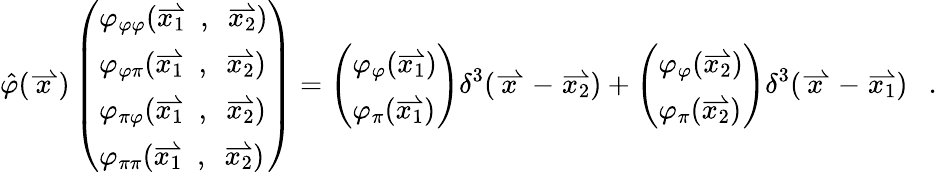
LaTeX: \hat{\varphi}(\stackrel{\rightharpoonup}{x})\left(\begin{array}{l}{{\varphi_{\varphi\varphi}(\stackrel{\rightharpoonup}{x_{1}}\ ,\ \stackrel{\rightharpoonup}{x_{2}})}}\\ {{\varphi_{\varphi\pi}(\stackrel{\rightharpoonup}{x_{1}}\ ,\ \stackrel{\rightharpoonup}{x_{2}})}}\\ {{\varphi_{\pi\varphi}(\stackrel{\rightharpoonup}{x_{1}}\ ,\ \stackrel{\rightharpoonup}{x_{2}})}}\\ {{\varphi_{\pi\pi}(\stackrel{\rightharpoonup}{x_{1}}\ ,\ \stackrel{\rightharpoonup}{x_{2}})}}\end{array}\right)=\left(\begin{array}{l}{{\varphi_{\varphi}(\stackrel{\rightharpoonup}{x_{1}})}}\\ {{\varphi_{\pi}(\stackrel{\rightharpoonup}{x_{1}})}}\end{array}\right)\delta^{3}(\stackrel{\rightharpoonup}{x}-\stackrel{\rightharpoonup}{x_{2}})+\left(\begin{array}{l}{{\varphi_{\varphi}(\stackrel{\rightharpoonup}{x_{2}})}}\\ {{\varphi_{\pi}(\stackrel{\rightharpoonup}{x_{2}})}}\end{array}\right)\delta^{3}(\stackrel{\rightharpoonup}{x}-\stackrel{\rightharpoonup}{x_{1}})\ \ \ .